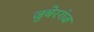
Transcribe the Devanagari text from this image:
जुबेरगंज